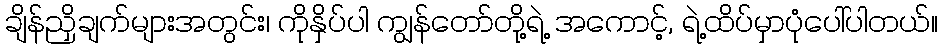
ချိန်ညှိချက်များအတွင်း၊ ကိုနှိပ်ပါ ကျွန်တော်တို့ရဲ့ အကောင့်, ရဲ့ထိပ်မှာပုံပေါ်ပါတယ်။